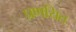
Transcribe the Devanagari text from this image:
प्रणयित